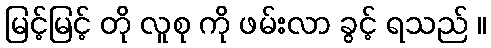
မြင့်မြင့် တို လူစု ကို ဖမ်းလာ ခွင့် ရသည် ။